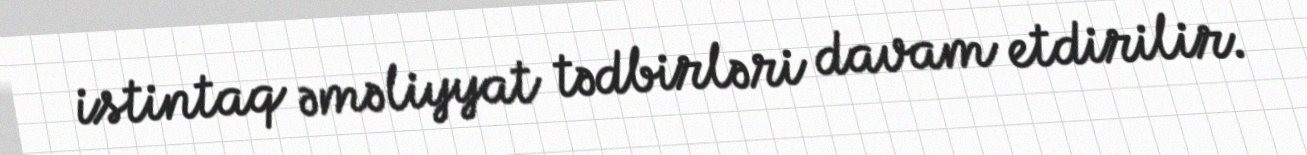
istintaq əməliyyat tədbirləri davam etdirilir.